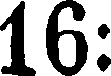
16: